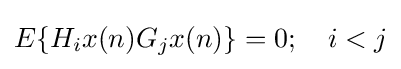
E\{H_{i}x(n)G_{j}x(n)\}=0;\quad i<j